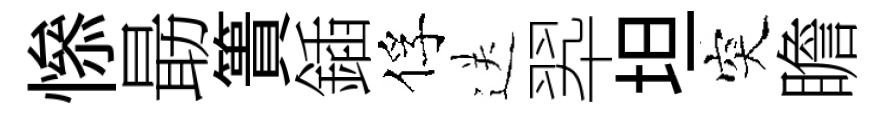
𢡖朂簣鍤俘送翆坦突瞻